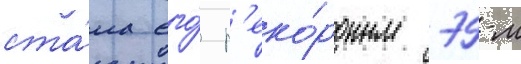
ста́ла его́ р'еко́рдным 79-м